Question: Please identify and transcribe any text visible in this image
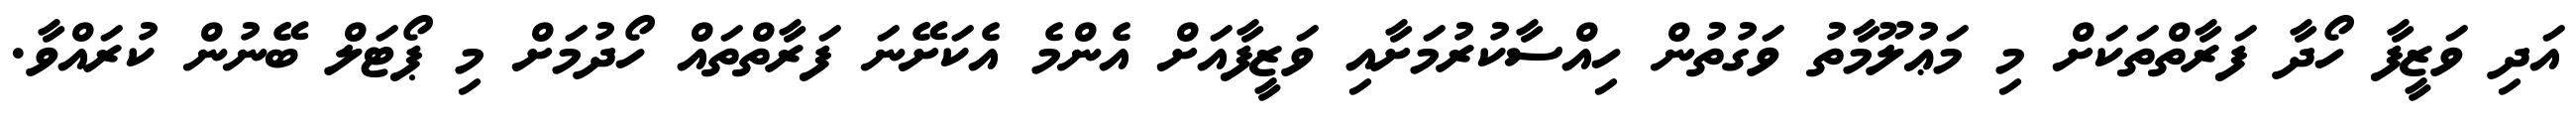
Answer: އަދި ވަޒީފާ ހޯދާ ފަރާތްތަކަށް މި މަޢުލޫމާތު ވަގުތުން ހިއްސާކުރުމަށާއި ވަޒީފާއަށް އެންމެ އެކަށޭނަ ފަރާތްތައް ހޯދުމަށް މި ޕޯޓަލް ބޭނުން ކުރައްވާ.